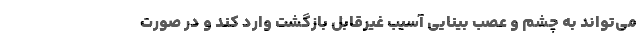
می‌تواند به چشم و عصب بینایی آسیب غیرقابل بازگشت وارد کند و در صورت